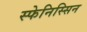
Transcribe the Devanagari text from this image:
स्फेनिस्सिन